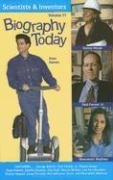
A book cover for Biography Today Scientists & Inventors: Profiles of People of Interest to Young Readers (Biography Today Scientists and Inventors Series); Cherie D. Abbey; Teen & Young Adult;